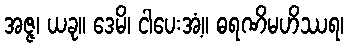
အဇ္ဇ၊ ယခု။ ဒေမိ၊ ငါပေးအံ့။ ဓရဏိမဟိဿရ၊